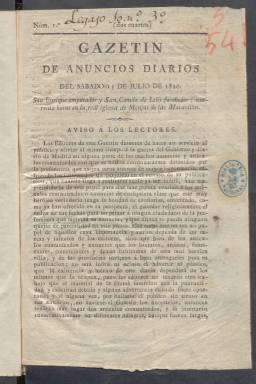
Título: Gazetín de anuncios diarios
Colección: Gacetas
Ámbito geográfico: Madrid
Lugar de publicación: Madrid
Fechas: 15/07/1820-14/08/1820